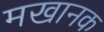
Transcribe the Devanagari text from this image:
मखानक